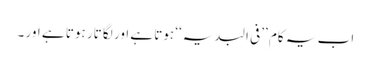
اب یہ کام ’’فی البدیہ‘‘ ہوتا ہے اور لگا تار ہوتا ہے اور ۔